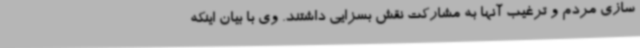
سازی مردم و ترغیب آنها به مشارکت نقش بسزایی داشتند. وی با بیان اینکه